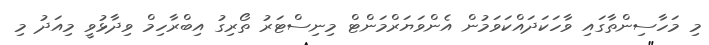
މި މަހާސިންތާގައި ވާހަކަދައްކަވަމުން އެންވަޔަރްމަންޓް މިނިސްޓަރު ތޯރިގު އިބްރާހިމް ވިދާޅުވީ މިއަދު މި